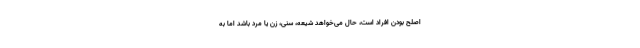
اصلح بودن افراد است، حال می‌خواهد شیعه، سنی، زن یا مرد باشد اما به